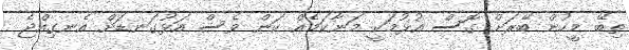
ތިބޭ މީހުން ބޭރަށް ގޮސް އުޅުމަކީ މަނާކަމެއް ކަން ވެސް އަޅުގަނޑަށް އެނގިއްޖެ